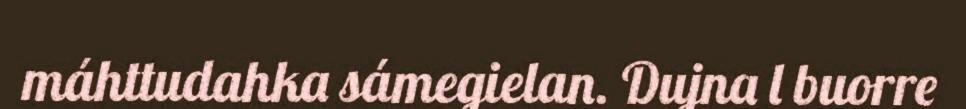
máhttudahka sámegielan. Dujna l buorre